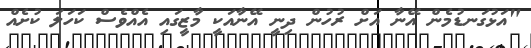
"އަޅުގަނޑުމެން އޭނާ އަށް ރުހުން ދިނީ އޭނާއަކީ މާޒީގައި އެއްވެސް ކަހަލަ ކުށެއް